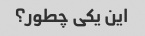
این یکی چطور؟